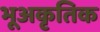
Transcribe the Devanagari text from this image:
भूअकृतिक